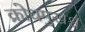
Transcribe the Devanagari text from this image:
क्रोधमुखश्च